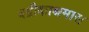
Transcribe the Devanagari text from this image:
बद्रीकाश्रमास